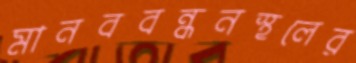
মানববন্ধনস্থলের